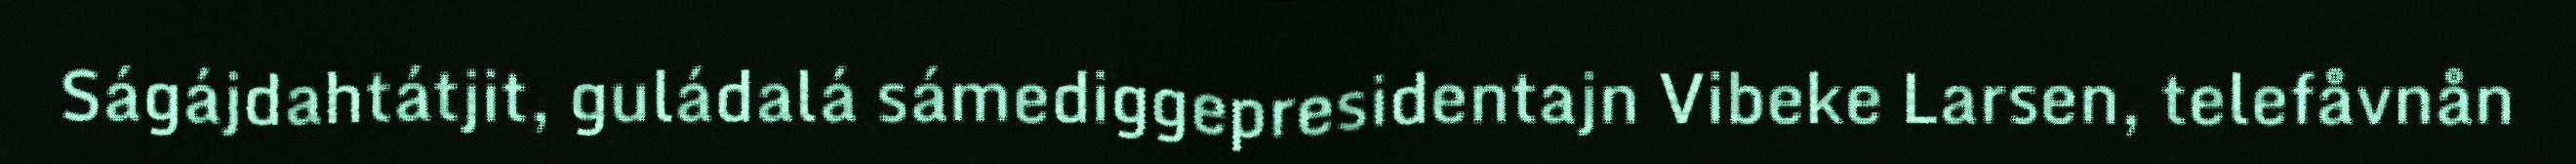
Ságájdahtátjit, guládalá sámediggepresidentajn Vibeke Larsen, telefåvnån